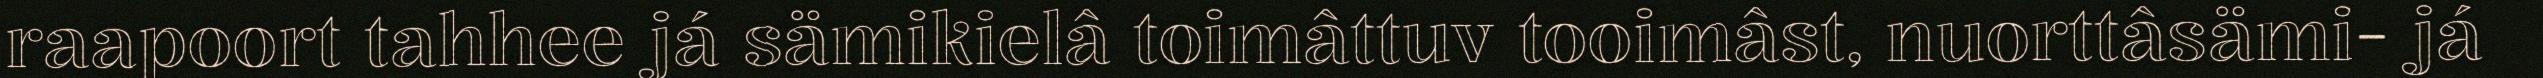
raapoort tahhee já sämikielâ toimâttuv tooimâst, nuorttâsämi- já